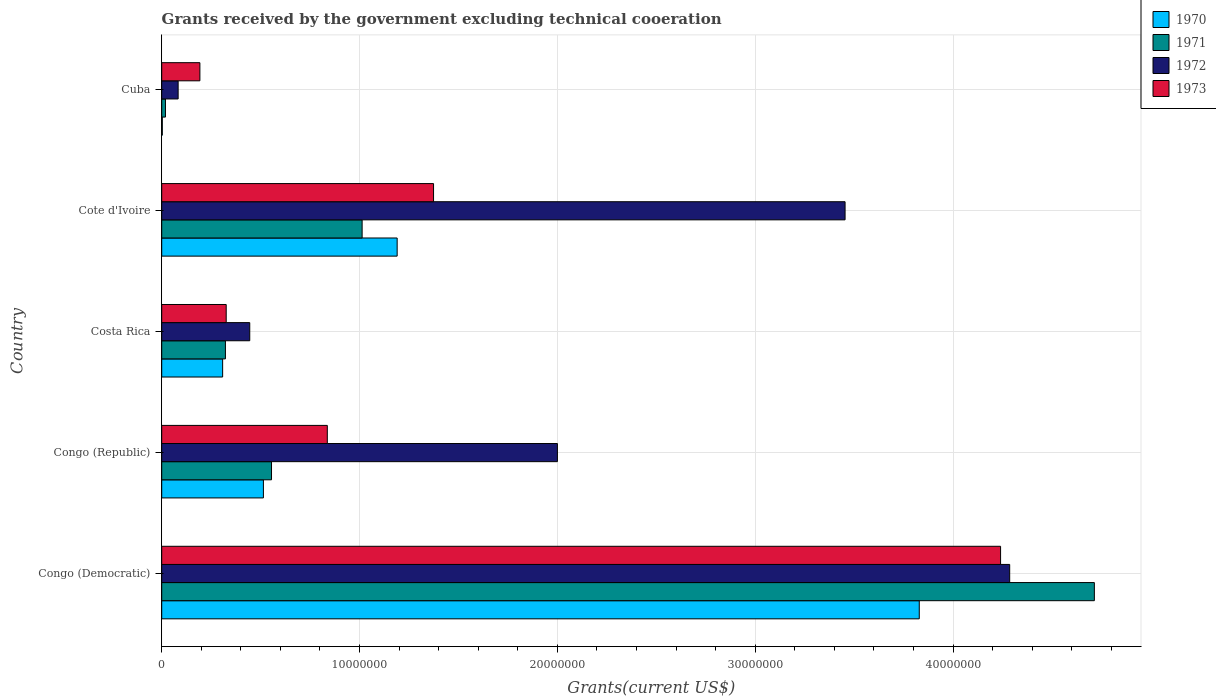
| Country | 1970 | 1971 | 1972 | 1973 |
 | --- | --- | --- | --- | --- |
 | Congo (Democratic) | 3.83e+07 | 4.71e+07 | 4.29e+07 | 4.24e+07 |
 | Congo (Republic) | 5.14e+06 | 5.55e+06 | 2e+07 | 8.37e+06 |
 | Costa Rica | 3.08e+06 | 3.22e+06 | 4.45e+06 | 3.26e+06 |
 | Cote d'Ivoire | 1.19e+07 | 1.01e+07 | 3.45e+07 | 1.37e+07 |
 | Cuba | 3e+04 | 1.9e+05 | 8.3e+05 | 1.93e+06 |